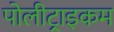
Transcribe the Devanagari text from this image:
पोलीट्राइकम